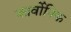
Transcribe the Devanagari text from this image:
कार्वोनिक